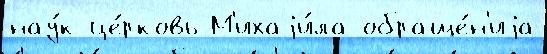
нау́к це́рковь М'ихаjи́ла обраще́н'иjа